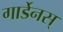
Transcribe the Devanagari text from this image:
गार्डेनस्